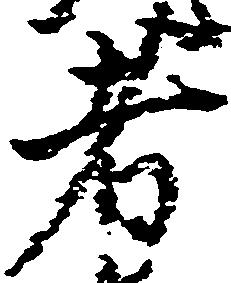
者